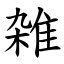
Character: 雑